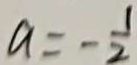
a = - \frac { 1 } { 2 }